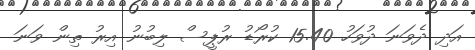
އަދި ދެވަނަ ދުވަހު 15.40 ކުރޯޑު ރުޕީސް ލިބުނު އިރު ތިން ވަނަ